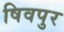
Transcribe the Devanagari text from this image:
षिवपुर